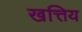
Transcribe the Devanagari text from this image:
खत्तिय